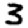
Digit: 3